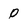
Character: o